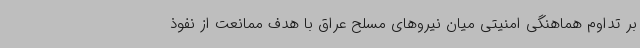
بر تداوم هماهنگی امنیتی میان نیروهای مسلح عراق با هدف ممانعت از نفوذ